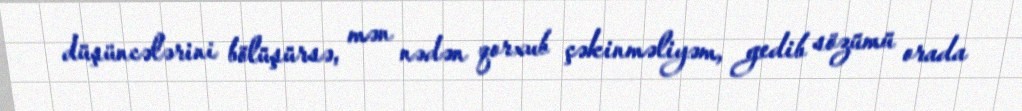
düşüncələrini bölüşürsə, mən nədən qorxub çəkinməliyəm, gedib sözümü orada